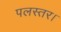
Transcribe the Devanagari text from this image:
पलस्तर।